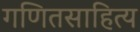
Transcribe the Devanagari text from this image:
गणितसाहित्य